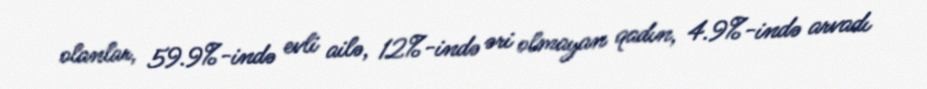
olanlar, 59.9%-ində evli ailə, 12%-ində əri olmayan qadın, 4.9%-ində arvadı